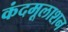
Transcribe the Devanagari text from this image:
कंदमूलाशन